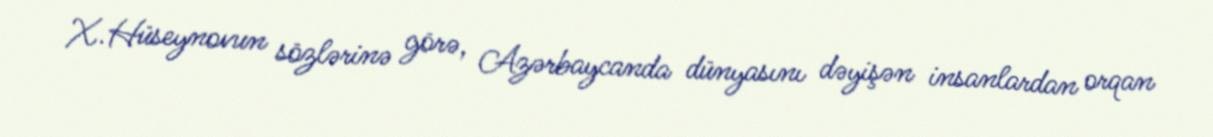
X.Hüseynovun sözlərinə görə, Azərbaycanda dünyasını dəyişən insanlardan orqan